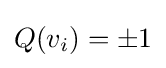
Q(v_{i})=\pm 1